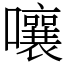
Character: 嚷